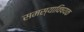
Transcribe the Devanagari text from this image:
समस्याविषयक